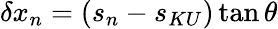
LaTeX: \delta x_{n}=(s_{n}-s_{KU})\tan\theta